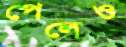
পেলেও